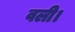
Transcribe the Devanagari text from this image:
वली।